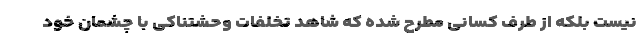
نیست بلکه از طرف کسانی مطرح شده که شاهد تخلفات وحشتناکی با چشمان خود